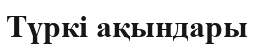
Түркі ақындары